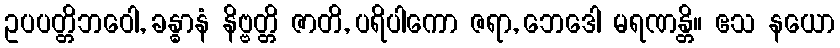
ဥပပတ္တိဘဝေါ, ခန္ဓာနံ နိဗ္ဗတ္တိ ဇာတိ, ပရိပါကော ဇရာ, ဘေဒေါ မရဏန္တိ။ ဧသ နယော